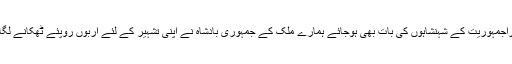
اب ذراجمہوریت کے شہنشاہوں کی بات بھی ہوجائے ہمارے ملک کے جمہوری بادشاہ نے اپنی تشہیر کے لئے اربوں روپئے ٹھکانے لگادئے۔